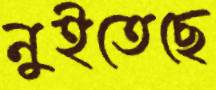
নুইতেছে